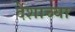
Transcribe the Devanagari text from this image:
देशाच्‍या